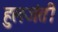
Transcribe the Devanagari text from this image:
हुलजंती